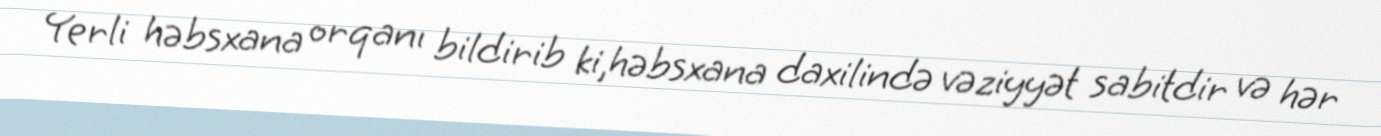
Yerli həbsxana orqanı bildirib ki,həbsxana daxilində vəziyyət sabitdir və hər